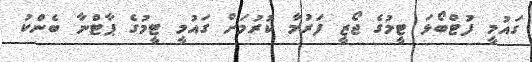
ގައުމީ ފުޓްބޯޅަ ޓީމުގެ ޖޯޒީ ފަރުމާ ކުރުމަށް ގައުމީ ޓީމުގެ ޕާޓްނާ ބެންކު